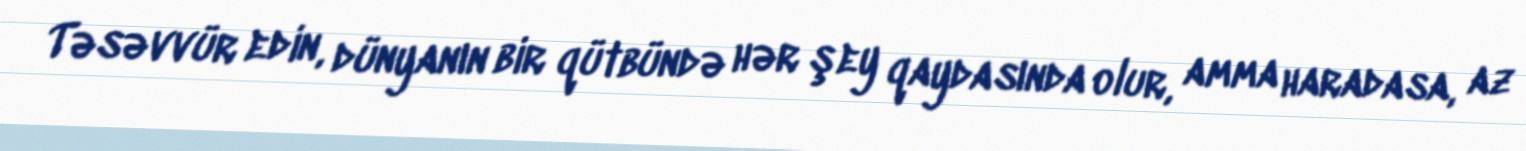
Təsəvvür edin, dünyanın bir qütbündə hər şey qaydasında olur, amma haradasa, az